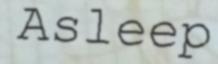
Asleep